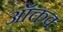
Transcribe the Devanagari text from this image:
ऑक्तव